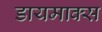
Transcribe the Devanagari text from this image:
डायमाक्स